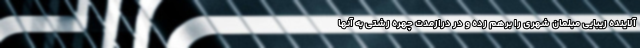
آلاینده زیبایی مبلمان شهری را برهم زده و در درازمدت چهره زشتی به آنها